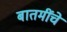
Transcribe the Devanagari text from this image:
बातमींचे